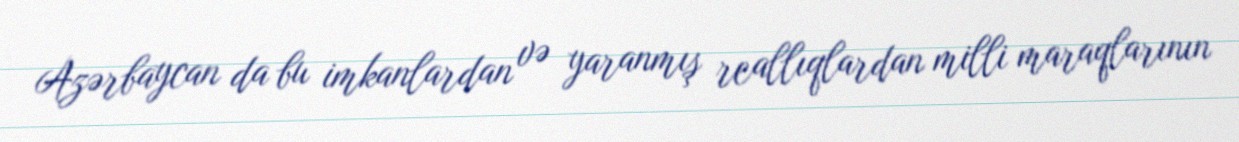
Azərbaycan da bu imkanlardan və yaranmış reallıqlardan milli maraqlarının